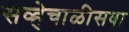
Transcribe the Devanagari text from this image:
सव्हेचाळीसवा